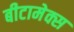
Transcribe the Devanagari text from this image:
बीटामेक्स